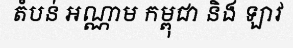
តំបន់ អណ្ណាម កម្ពុជា និង ឡាវ